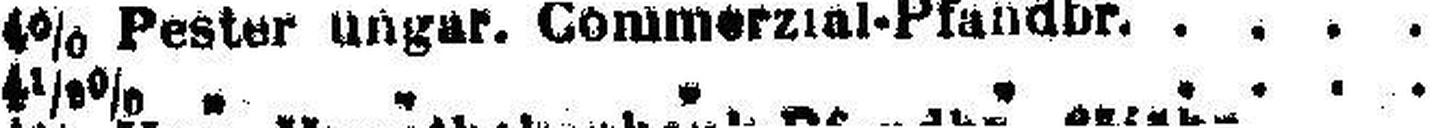
4½% „ „ „ „